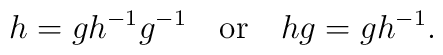
h=gh^{-1}g^{-1}\quad\mbox{or}\quad hg=gh^{-1}.